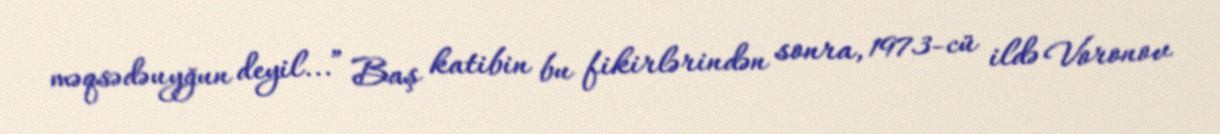
məqsədəuyğun deyil...” Baş katibin bu fikirlərindən sonra, 1973-cü ildə Voronov